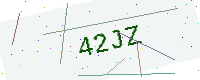
Text: 42JZ